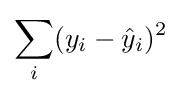
\sum _{i}(y_{i}-{\hat {y}}_{i})^{2}